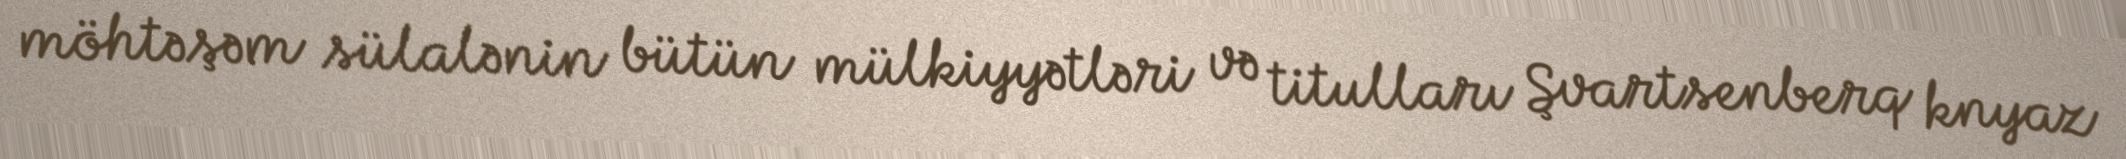
möhtəşəm sülalənin bütün mülkiyyətləri və titulları Şvartsenberq knyaz